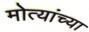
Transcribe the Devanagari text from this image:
मोत्यांच्या